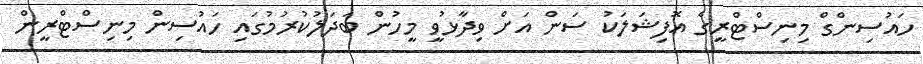
ހައުސިންގް މިނިސްޓްރީގެ އޮފިޝަލަކު ސަން އަށް ވިދާޅުވީ މީހުން ބަދަލުކުރުމުގައި ހައުސިން މިނިސްޓްރީން